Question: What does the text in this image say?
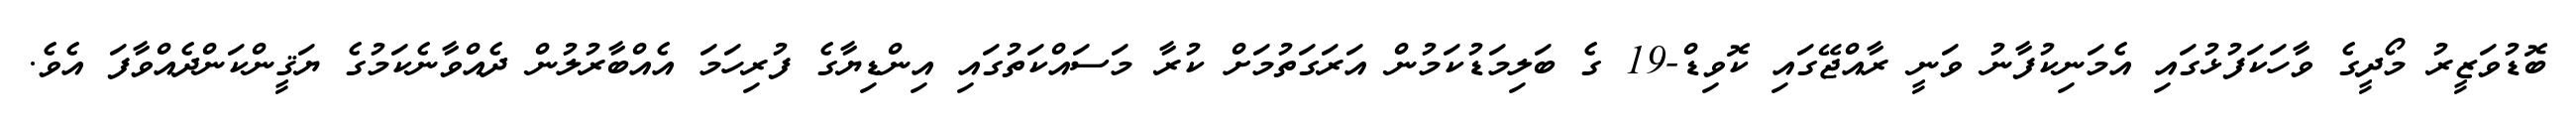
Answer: ބޮޑުވަޒީރު މޯދީގެ ވާހަކަފުޅުގައި އެމަނިކުފާނު ވަނީ ރާއްޖޭގައި ކޮވިޑް-19 ގެ ބަލިމަޑުކަމުން އަރަގަތުމަށް ކުރާ މަސައްކަތުގައި އިންޑިޔާގެ ފުރިހަމަ އެއްބާރުލުން ދެއްވާނެކަމުގެ ޔަޤީންކަންދެއްވާފަ އެވެ.